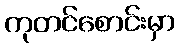
ကုတင်စောင်းမှာ